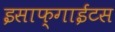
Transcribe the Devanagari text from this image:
इसाफ्गाईटस